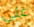
غلي